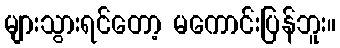
များသွားရင်တော့ မကောင်းပြန်ဘူး။